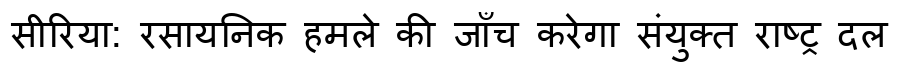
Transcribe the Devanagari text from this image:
सीरिया: रसायनिक हमले की जाँच करेगा संयुक्त राष्ट्र दल